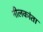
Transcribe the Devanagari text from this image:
नीलकांता